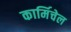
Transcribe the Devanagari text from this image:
कार्मिचेल